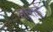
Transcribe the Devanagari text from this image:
तोराई